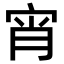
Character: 宵